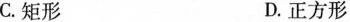
C.矩形 D.正方形